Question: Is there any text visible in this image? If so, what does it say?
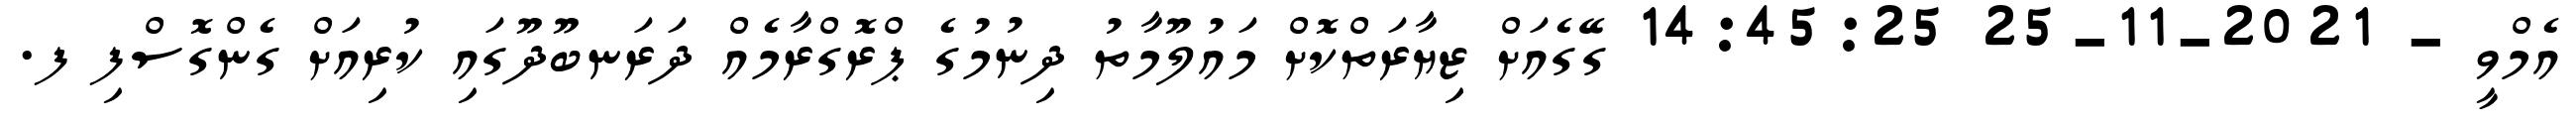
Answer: އެމްވީ - 2021-11-25 14:45:25 ގޭގެއަށް ޒިޔާރަތްކޮށް މައުލޫމާތު ދިނުމުގެ ޕްރޮގްރާމެއް ދަރަނބޫދޫގައި ކުރިއަށް ގެންގޮސްފި ފ.